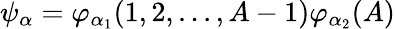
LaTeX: \psi_{\alpha}=\varphi_{\alpha_{1}}(1,2,...,A-1)\varphi_{\alpha_{2}}(A)